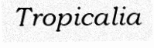
Tropicalia